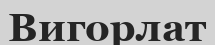
Вигорлат